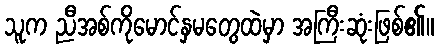
သူက ညီအစ်ကိုမောင်နှမတွေထဲမှာ အကြီးဆုံးဖြစ်၏။